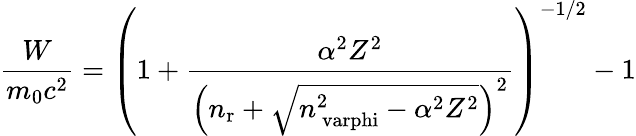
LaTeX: {\frac{W}{m_{\mathrm{0}}c^{2}}}=\left(1+{\frac{\alpha^{2}Z^{2}}{\left(n_{\mathrm{r}}+{\sqrt{n_{\mathrm{\ varphi}}^{2}-\alpha^{2}Z^{2}}}\right)^{2}}}\right)^{-1/2}-1